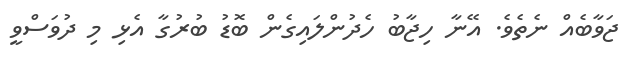
ޖަވާބެއް ނެތެވެ. އޭނާ ހިޖާބު ހެދުންލައިގެން ބޮޑު ބުރުގާ އެޅި މި ދުވަސްވީ